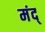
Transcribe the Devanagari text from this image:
मंद्